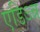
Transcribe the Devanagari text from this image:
एडिऽन्न